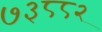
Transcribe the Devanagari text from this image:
७३८८२